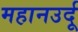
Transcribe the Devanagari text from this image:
महानउर्दू